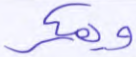
ويمكر